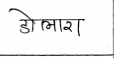
मजकूर: डोलारा